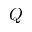
Q